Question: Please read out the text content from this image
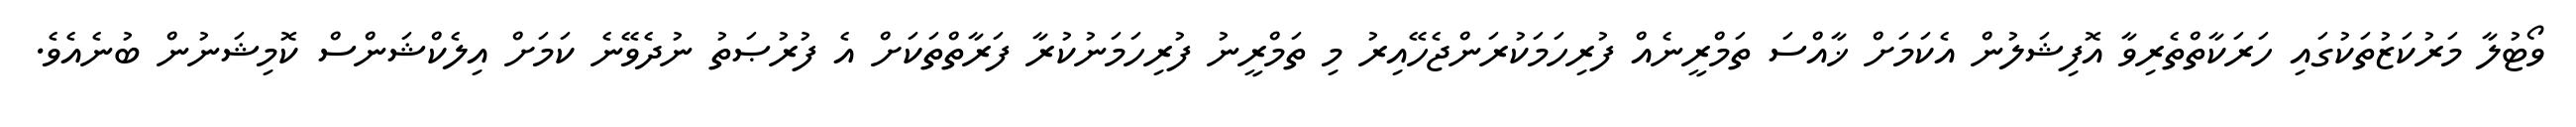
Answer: ވޯޓުލާ މަރުކަޒުތަކުގައި ހަރަކާތްތެރިވާ އޮފިޝަލުން އެކަމަށް ޚާއްސަ ތަމްރީނެއް ފުރިހަމަކުރަންޖެހޭއިރު މި ތަމްރީނު ފުރިހަމަނުކުރާ ފަރާތްތަކަށް އެ ފުރުޞަތު ނުދެވޭނެ ކަމަށް އިލެކްޝަންސް ކޮމިޝަނުން ބުނެއެވެ.